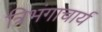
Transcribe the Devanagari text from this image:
त्रिभंगाचार्य